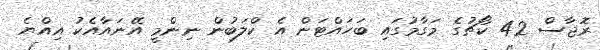
ރޮޖާސް 42 ކޯޗުގެ މަގާމުގައި ބަހައްޓަން އެ ކްލަބުން ނިންމީ އޭނައާއެކު އިއްޔެ